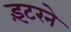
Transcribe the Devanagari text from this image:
इंटरने